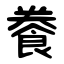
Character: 餋